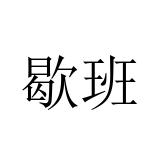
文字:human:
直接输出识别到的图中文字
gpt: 歇班